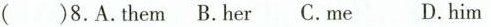
( )8.A.ThmB.Her C.me D.him